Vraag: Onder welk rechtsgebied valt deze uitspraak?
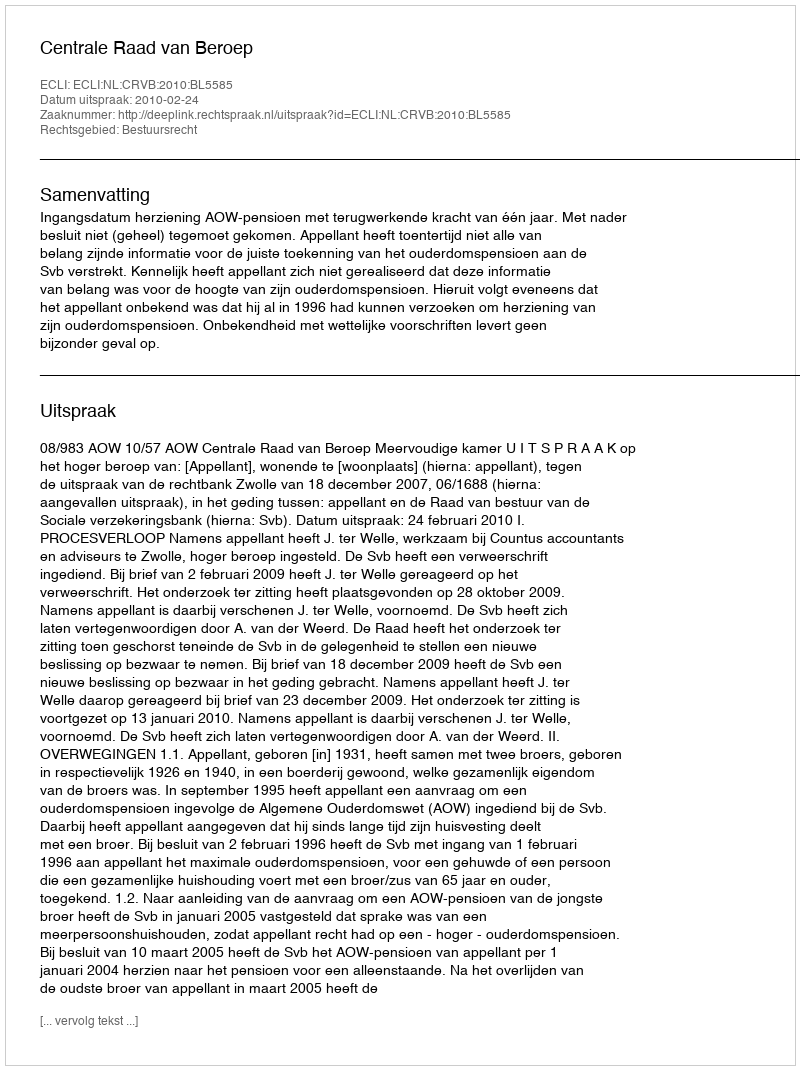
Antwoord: Bestuursrecht